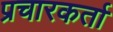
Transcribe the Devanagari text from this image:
प्रचारकर्ता